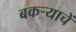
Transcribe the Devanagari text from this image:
बकर्‍याचें